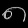
Digit: ၈